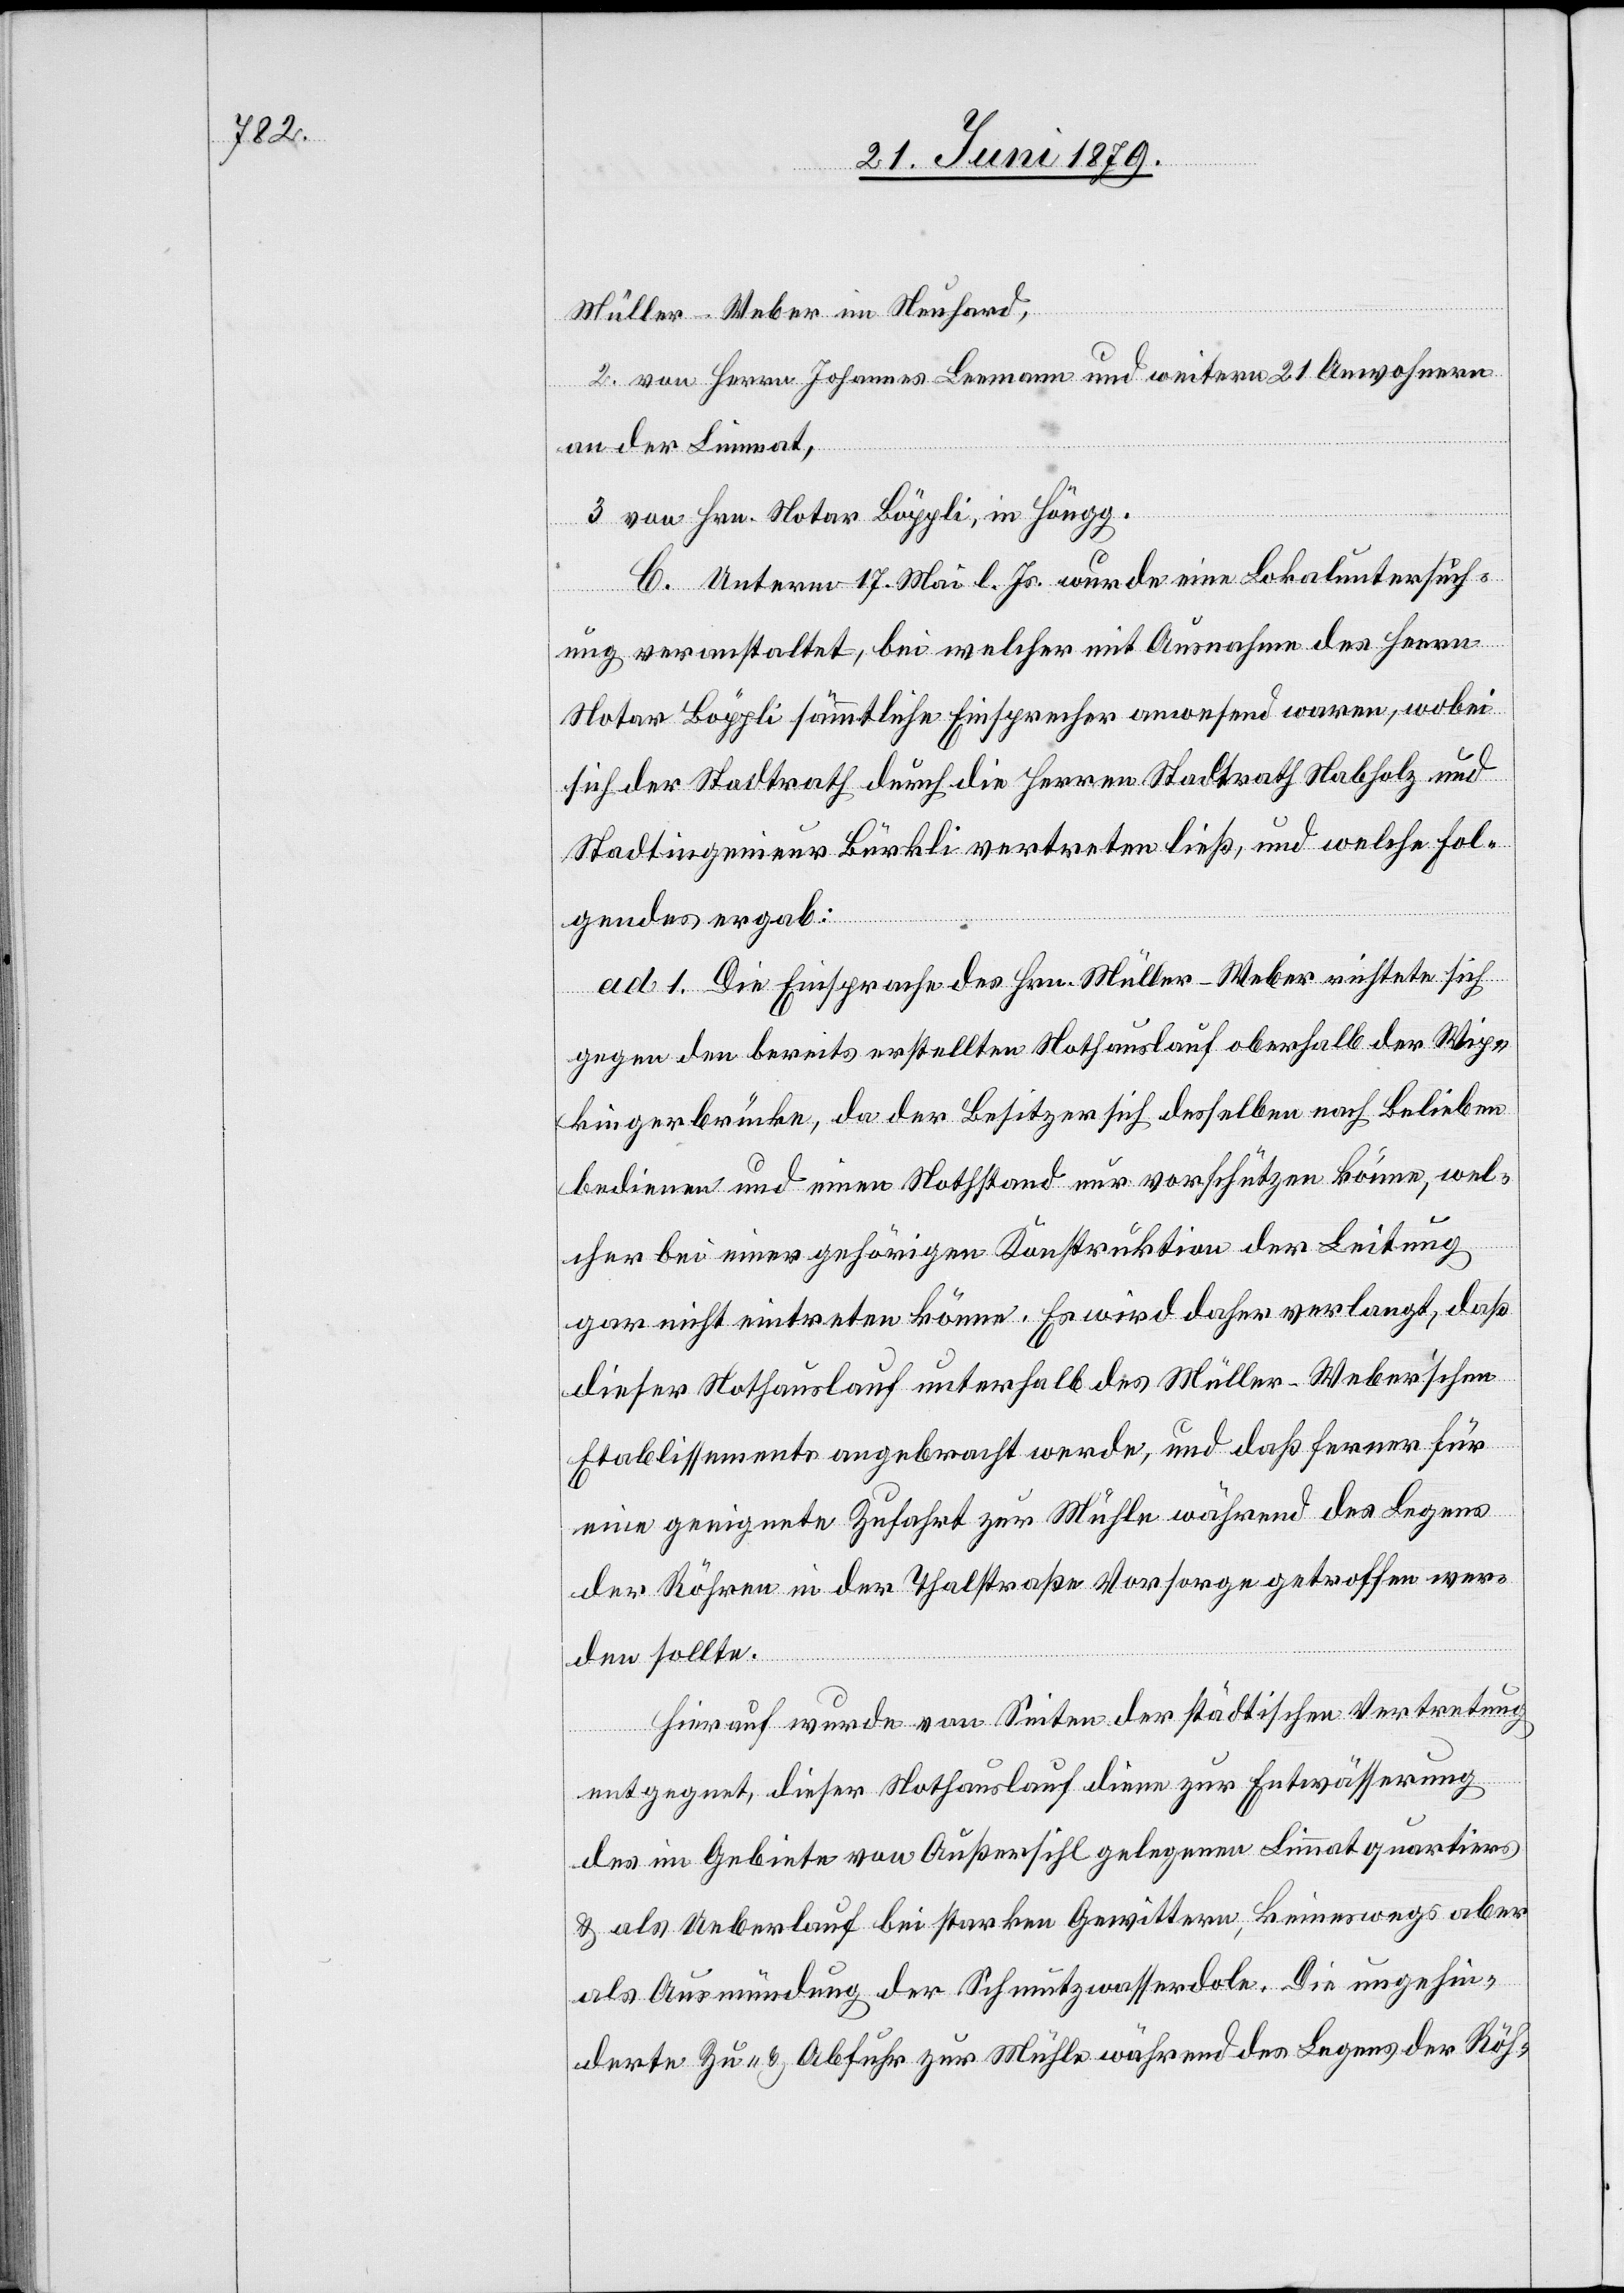
Müller-Weber im Neuhard,
2. von Herrn Johannes Leemann und weitern 21 Anwohnern
an der Limmat,
3. von Hrn. Notar Böppli, in Höngg.
C. Unterm 17. Mai l. Js. wurde eine Lokaluntersuch¬
ung veranstaltet, bei welcher mit Ausnahme des Herrn
Notar Böppli sämmtliche Einsprecher anwesend waren, wobei
sich der Stadtrath durch die Herren Stadtrath Nabholz und
Stadtingenieur Bürkli vertreten ließ, und welche Fol¬
gendes ergab:
ad 1. Die Einsprache des Hrn. Müller-Weber richtete sich
gegen den bereits erstellten Nothauslauf oberhalb der Wip¬
kingerbrücke, da der Besitzer sich desselben nach Belieben
bedienen und einen Nothstand nur vorschützen könne, wel¬
cher bei einer gehörigen Konstruktion der Leitung
gar nicht eintreten könne. Es wird daher verlangt, daß
dieser Nothauslauf unterhalb des Müller-Weber’schen
Etablissements angebracht werde, und daß ferner für
eine geeignete Zufahrt zur Mühle während des Legens
der Röhren in der Thalstraße Vorsorge getroffen wer¬
den sollte.
Hierauf wurde von Seiten der städtischen Vertretung
entgegnet, dieser Nothauslauf diene zur Entwässerung
des im Gebiete von Außersihl gelegenen Limmatquartiers
& als Ueberlauf bei starken Gewittern, keineswegs aber
als Ausmündung der Schmutzwasserdole. Die ungehin¬
derte Zu- & Abfuhr zur Mühle während des Legens der Röh-